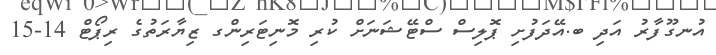
އުނގޫފާރު އަދި ބ.އޭދަފުށި ޕޮލިސް ސްޓޭޝަނަށް ކުރި މޮނިޓަރިންގ ޒިޔާރަތުގެ ރިޕޯޓް 14-15